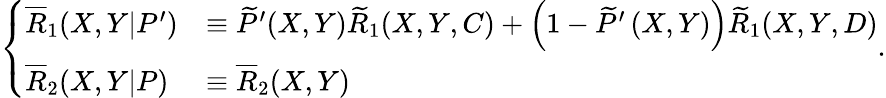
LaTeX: \left\{ \begin{array}{ll}{\overline{{R}}_{1}(X,Y|P^{\prime})}&{\equiv\widetilde{P}^{\prime}(X,Y)\widetilde{R}_{1}(X,Y,C)+\left(1-\widetilde{P}^{\prime}\left(X,Y\right)\right)\widetilde{R}_{1}(X,Y,D)}\\ {\overline{{R}}_{2}(X,Y|P)}&{\equiv\overline{{R}}_{2}(X,Y)}\end{array}\right..